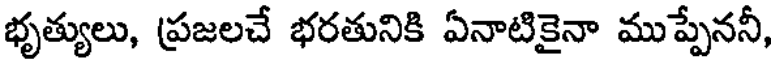
భృత్యులు, ప్రజలచే భరతునికి ఏనాటికైనా ముప్పేననీ,